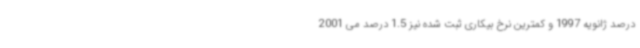
درصد ژانویه 1997 و کمترین نرخ بیکاری ثبت شده نیز 1.5 درصد می 2001